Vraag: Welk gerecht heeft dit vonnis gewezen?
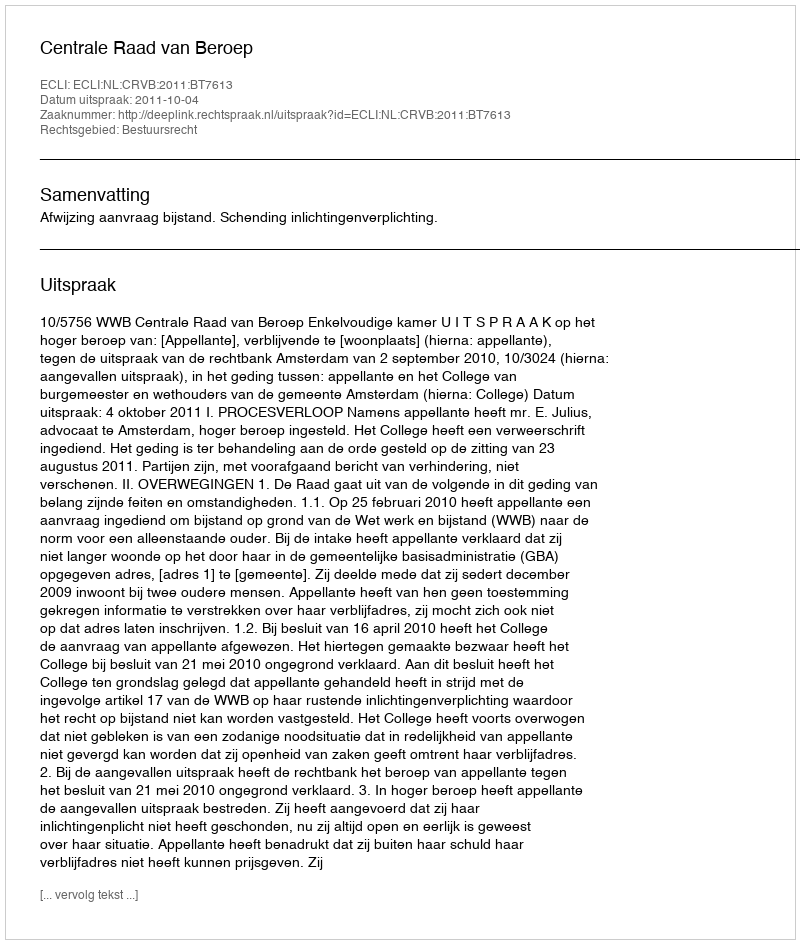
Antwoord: Centrale Raad van Beroep